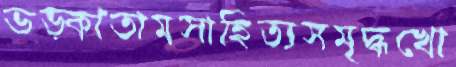
ভড়্‌কাতামসাহিত্যসমৃদ্ধখো